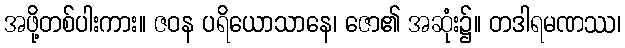
အဖို့တစ်ပါးကား။ ဇဝန ပရိယောသာနေ၊ ဇော၏ အဆုံး၌။ တဒါရမဏဿ၊